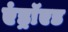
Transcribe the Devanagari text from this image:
एंड्राॅएड